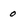
Character: O